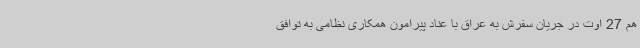
هم 27 اوت در جریان سفرش به عراق با عناد پیرامون همکاری نظامی به توافق